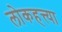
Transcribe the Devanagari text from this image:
लोकहत्त्या